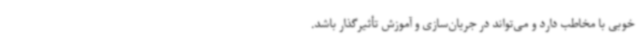
خوبی با مخاطب دارد و می‌تواند در جریان‌سازی و آموزش تأثیرگذار باشد.